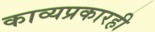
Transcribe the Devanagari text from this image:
काव्यप्रकारही